Medical and sanitary report of the native army of Madras for the year
Year: 1878
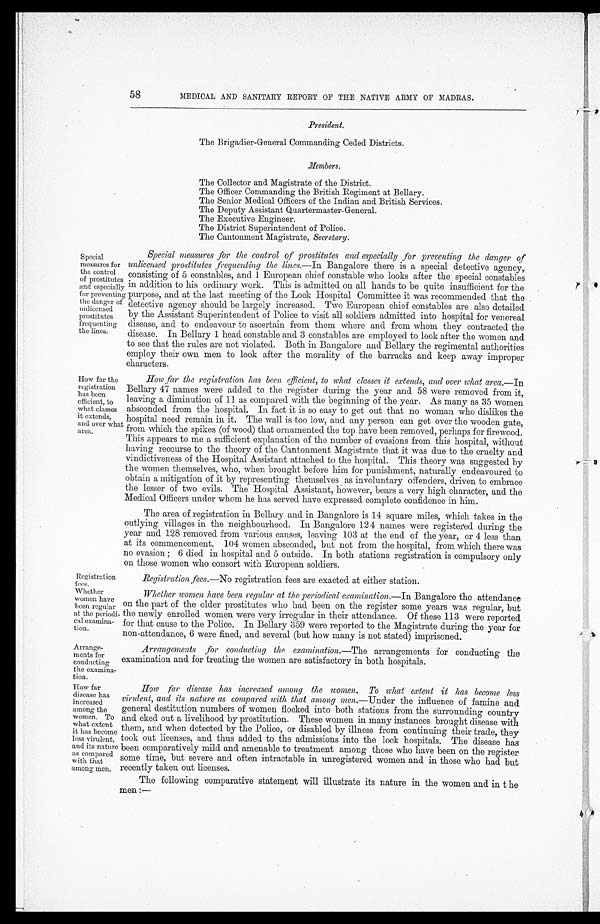
Registration
fees.
Whether
women have
been regular
at the periodi
-
cal examina
-
tion.
Arrang
e-ments for
conducting
the examina
-
tion.
58
MEDICAL AND SANITARY REPORT OF THE NATIVE ARMY OF MADRAS.
President.
The Brigadier-General Commanding Ceded Districts.
Members.
The Collector and Magistrate of the District.
The Officer Commanding the British Regiment at Bellary.
The Senior Medical Officers of the Indian and British Services.
The Deputy Assistant Quartermaster-General.
The Executive Engineer.
The District Superintendent of Police.
The Cantonment Magistrate, Secretary.
Special
measures for
the control
of prostitutes
and especially
for preventing
the danger of
unlicensed
prostitutes
frequenting
the lines.
Special measures for the control of prostitutes and especially for preventing the danger of
unlicensed prostitutes frequenting the lines.— In Bangalore there is a special detective agency,
consisting of 5 constables, and 1 European chief constable who looks after the special constables
in addition to his ordinary work. This is admitted on all hands to be quite insufficient for the
purpose, and at the last meeting of the Lock Hospital Committee it was recommended that the
detective agency should be largely increased. Two European chief constables are also detailed
by the Assistant Superintendent of Police to visit all soldiers admitted into hospital for venereal
disease, and to endeavour to ascertain from them where and from whom they contracted the
disease. In Bellary 1 head constable and 3 constables are employed to look after the women and
to see that the rules are not violated. Both in Bangalore and Bellary the regimental authorities
employ their own men to look after the morality of the barracks and keep away improper
characters.
How far the
registration
has been
efficient, to
what classes
it extends,
and over what
area.
How far the registration has been efficient, to what classes it extends, and over what area. —In
Bellary 47 names were added to the register during the year and 58 were removed from it,
leaving a diminution of 11 as compared with the beginning of the year. As many as 35 women
absconded from the hospital. In fact it is so easy to get out that no woman who dislikes the
hospital need remain in it. The wall is too low, and any person can get over the wooden gate,
from which the spikes (of wood) that ornamented the top have been removed, perhaps for firewood.
This appears to me a sufficient explanation of the number of evasions from this hospital, without
having recourse to the theory of the Cantonment Magistrate that it was due to the cruelty and
vindictiveness of the Hospital Assistant attached to the hospital. This theory was suggested by
the women themselves, who, when brought before him for punishment, naturally endeavoured to
obtain a mitigation of it by representing themselves as involuntary offenders, driven to embrace
the lesser of two evils. The Hospital Assistant, however, bears a very high character, and the
Medical Officers under whom he has served have expressed complete confidence in him.
The area of registration in Bellary and in Bangalore is 14 square miles, which takes in the
outlying villages in the neighbourhood. In Bangalore 124 names were registered during the
year and 128 removed from various causes, leaving 103 at the end of the year, or 4 less than
at its commencement. 104 women absconded, but not from the hospital, from which there was
no evasion; 6 died in hospital and 5 outside. In both stations registration is compulsory only
on those women who consort with European soldiers.
Registration fees. —No registration fees are exacted at either station.
Whether women have been regular at the periodical examination. —In Bangalore the attendance
on the part of the older prostitutes who had been on the register some years was regular, but
the newly enrolled women were very irregular in their attendance. Of these 113 were reported
for that cause to the Police. In Bellary 359 were reported to the Magistrate during the year for
non-attendance, 6 were fined, and several (but how many is not stated) imprisoned.
Arrangements for conducting the examination. —The arrangements for conducting the
examination and for treating the women are satisfactory in both hospitals.
How far
disease has
increased
among the
women. To
what extent
it has become
less virulent,
and its nature
as compared
with that
among men.
How far disease has increased among the women. To what extent it has become less
virulent, and its nature as compared with that among men .—Under the influence of famine and
general destitution numbers of women flocked into both stations from the surrounding country
and eked out a livelihood by prostitution. These women in many instances brought disease with
them, and when detected by the Police, or disabled by illness from continuing their trade, they
took out licenses, and thus added to the admissions into the lock hospitals. The disease has
been comparatively mild and amenable to treatment among those who have been on the register
some time, but severe and often intractable in unregistered women and in those who had but
recently taken out licenses.
The following comparative statement will illustrate its nature in the women and in the
men:—